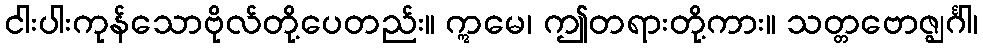
ငါးပါးကုန်သောဗိုလ်တို့ပေတည်း။ ဣမေ၊ ဤတရားတို့ကား။ သတ္တဗောဇ္ဈင်္ဂါ၊